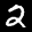
Label: 2